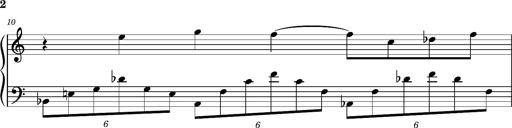
Title: Notturno
Composer: Lucas Trevizan